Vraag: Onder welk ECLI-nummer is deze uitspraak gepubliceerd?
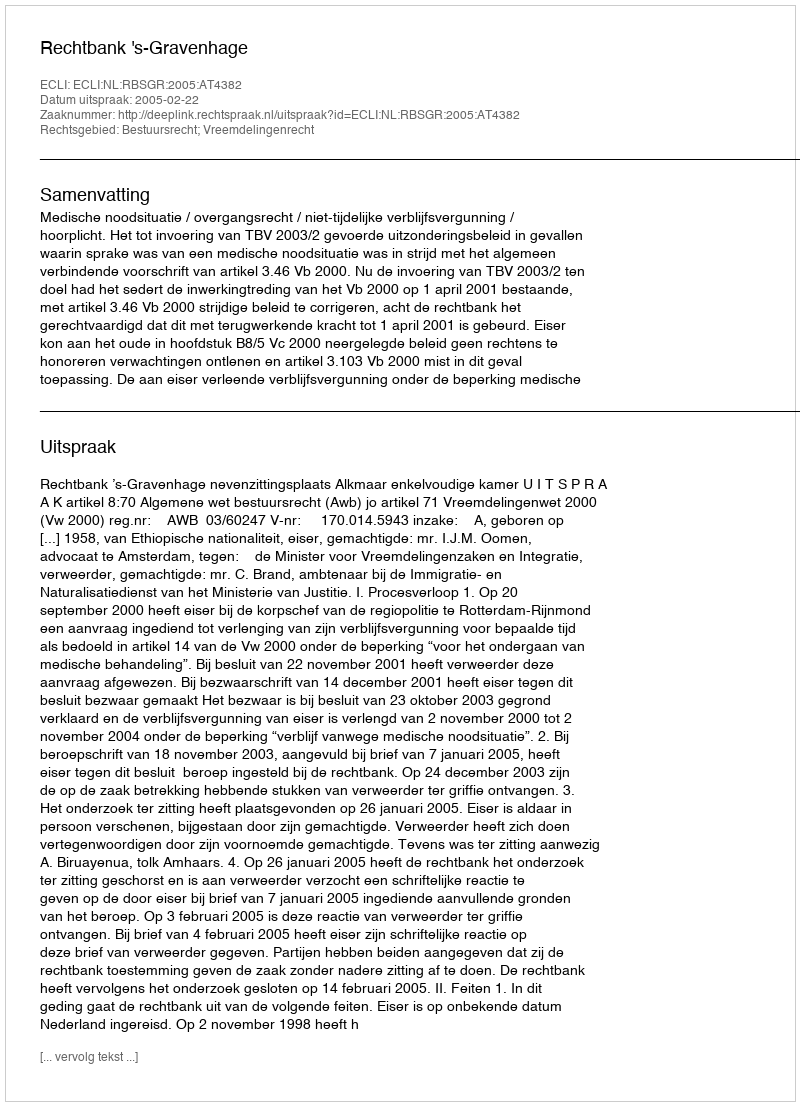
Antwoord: ECLI:NL:RBSGR:2005:AT4382